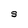
Character: S